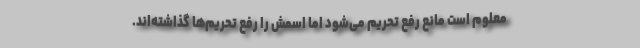
معلوم است مانع رفع تحریم می‌شود اما اسمش را رفع تحریم‌ها گذاشته‌اند.